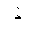
Letter: _thal